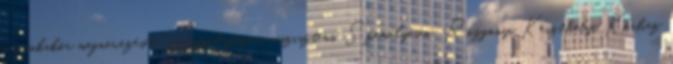
a munkakör megnevezését: gyógypedagógiai asszisztens. Személyesen: Rozgonyi Keszthelyi Kórház